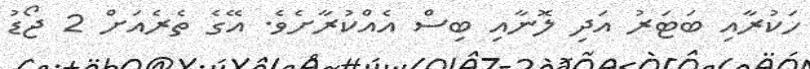
ހަކުރާއި ބަޓަރު އަދި ލޮނާއި ބިސް އެއްކުރާށެވެ. އޭގެ ތެރެއަށް 2 ޖޯޑު